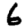
Digit: 6